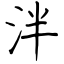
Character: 泮